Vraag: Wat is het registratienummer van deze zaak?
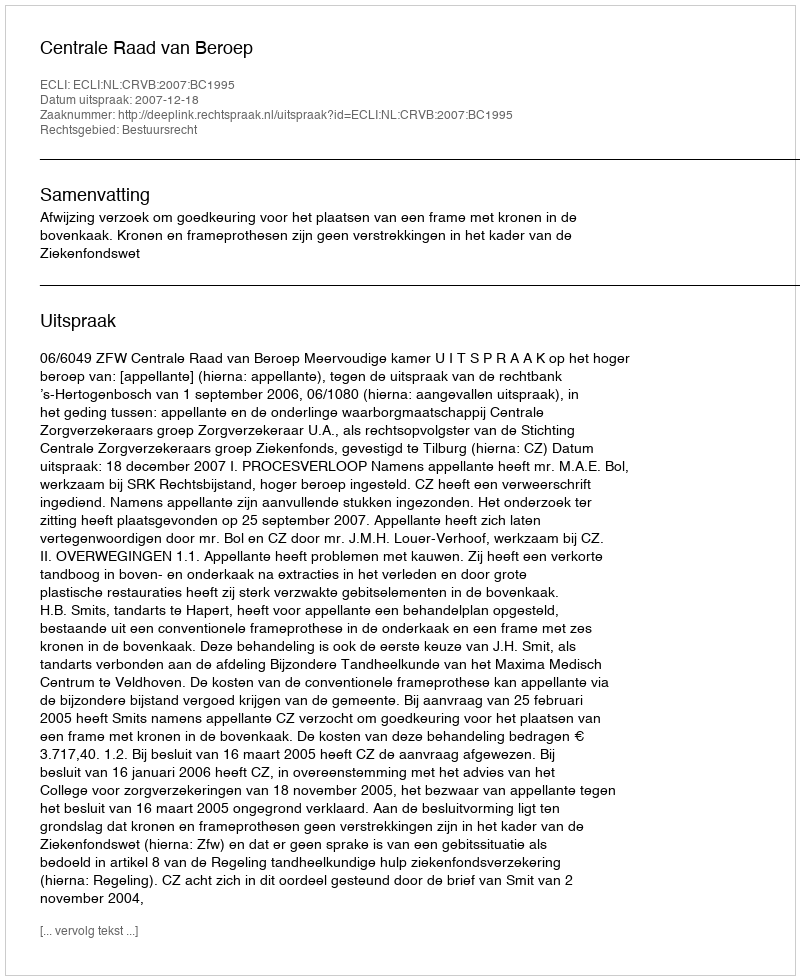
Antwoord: http://deeplink.rechtspraak.nl/uitspraak?id=ECLI:NL:CRVB:2007:BC1995